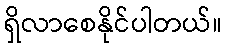
ရှိလာစေနိုင်ပါတယ်။